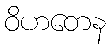
ဝိဟတေန